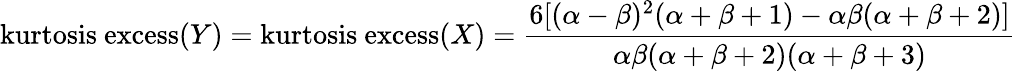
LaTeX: {\mathrm{kurtosis~excess}}(Y)={\mathrm{kurtosis~excess}}(X)={\frac{6[(\alpha-\beta)^{2}(\alpha+\beta+1)-\alpha\beta(\alpha+\beta+2)]}{\alpha\beta(\alpha+\beta+2)(\alpha+\beta+3)}}